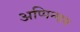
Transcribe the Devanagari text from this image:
अप्पिन्ग्हम